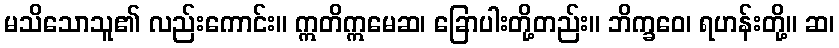
မသိသောသူ၏ လည်းကောင်း။ ဣတိဣမေဆ၊ ခြောပါးတို့တည်း။ ဘိက္ခဝေ၊ ရဟန်းတို့။ ဆ၊